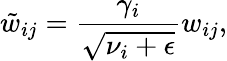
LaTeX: \tilde{w}_{ij}=\frac{\gamma_{i}}{\sqrt{\nu_{i}+\epsilon}}w_{ij},